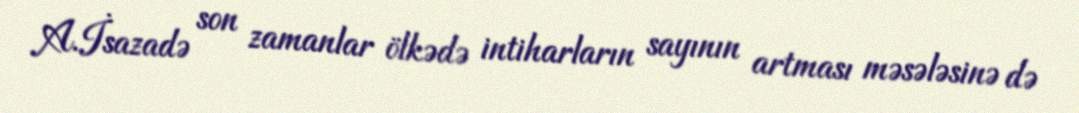
A.İsazadə son zamanlar ölkədə intiharların sayının artması məsələsinə də